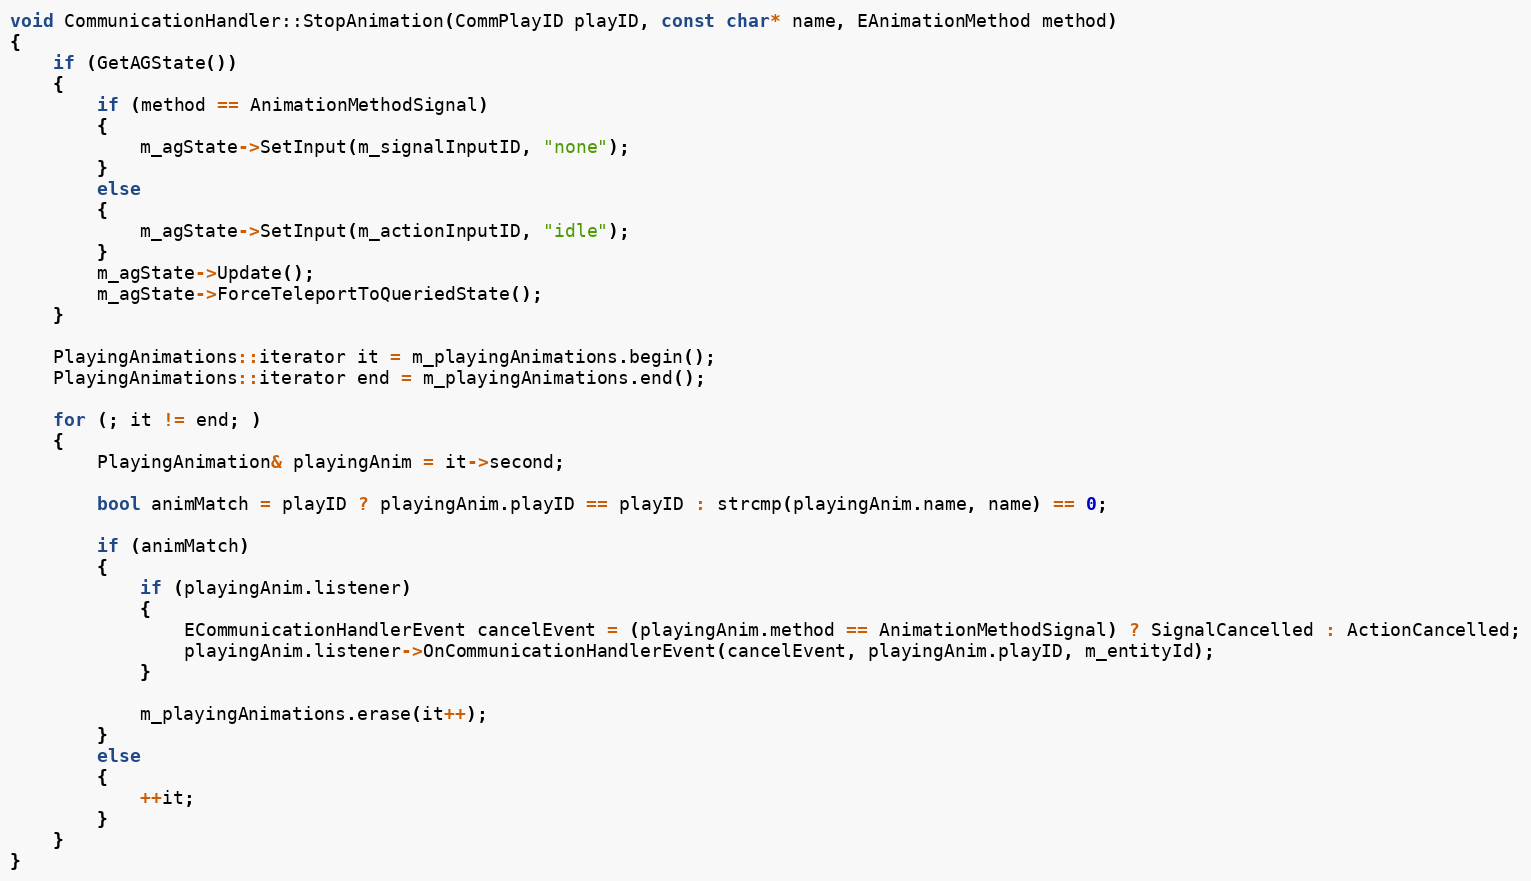
Language: C++
void CommunicationHandler::StopAnimation(CommPlayID playID, const char* name, EAnimationMethod method)
{
	if (GetAGState())
	{
		if (method == AnimationMethodSignal)
		{
			m_agState->SetInput(m_signalInputID, "none");
		}
		else
		{
			m_agState->SetInput(m_actionInputID, "idle");
		}
		m_agState->Update();
		m_agState->ForceTeleportToQueriedState();
	}

	PlayingAnimations::iterator it = m_playingAnimations.begin();
	PlayingAnimations::iterator end = m_playingAnimations.end();

	for (; it != end; )
	{
		PlayingAnimation& playingAnim = it->second;

		bool animMatch = playID ? playingAnim.playID == playID : strcmp(playingAnim.name, name) == 0;

		if (animMatch)
		{
			if (playingAnim.listener)
			{
				ECommunicationHandlerEvent cancelEvent = (playingAnim.method == AnimationMethodSignal) ? SignalCancelled : ActionCancelled;
				playingAnim.listener->OnCommunicationHandlerEvent(cancelEvent, playingAnim.playID, m_entityId);
			}

			m_playingAnimations.erase(it++);
		}
		else
		{
			++it;
		}
	}
}